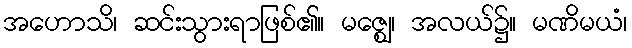
အဟောသိ၊ ဆင်းသွားရာဖြစ်၏။ မဇ္ဈေ၊ အလယ်၌။ မဏိမယံ၊